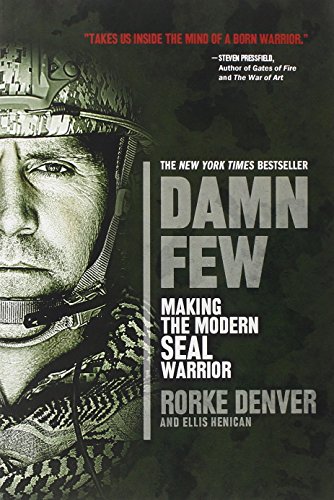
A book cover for Damn Few: Making the Modern SEAL Warrior; Rorke Denver; Biographies & Memoirs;